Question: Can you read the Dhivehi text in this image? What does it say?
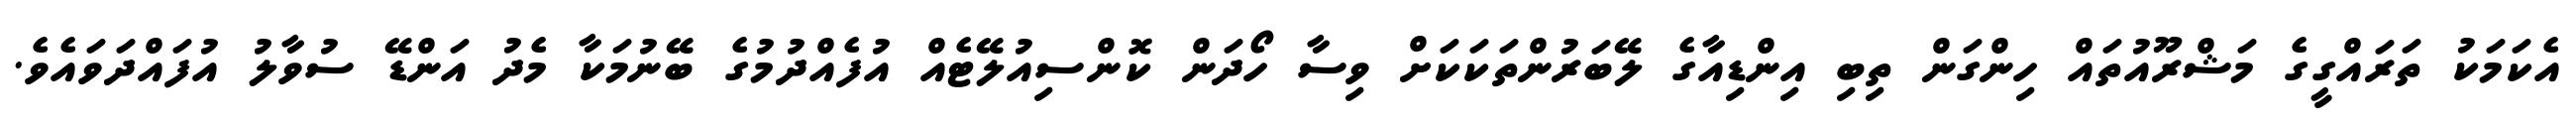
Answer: އެކަމަކު ތަރައްގީގެ މަޝްރޫއުތައް ހިންގަން ތިބި އިންޑިއާގެ ލޭބަރުންތަކަކަށް ވިސާ ހޯދަން ކޮންސިއުލޭޓެއް އުފެއްދުމުގެ ބޭނުމަކާ މެދު އަންޑޭ ސުވާލު އުފައްދަވައެވެ.